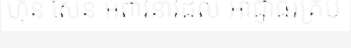
ហ៊ុន សែន អំពាវនាវដល់ អាជ្ញាធរគ្រប់